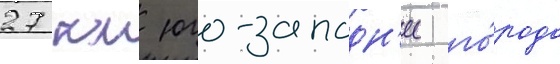
27 км юго-западн'ее го́рода